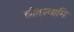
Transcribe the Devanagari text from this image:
छीतस्वामि